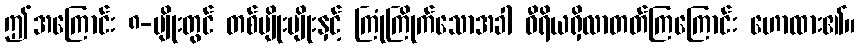
ဤအကြောင်း ၈-မျိုးတွင် တစ်မျိုးမျိုးနှင့် ကြုံကြိုက်သောအခါ ဝီရိယရှိလာတတ်ကြကြောင်း ဟောထား၏။